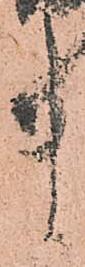
ま